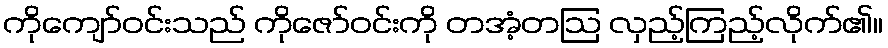
ကိုကျော်ဝင်းသည် ကိုဇော်ဝင်းကို တအံ့တဩ လှည့်ကြည့်လိုက်၏။